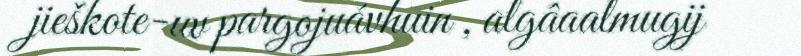
jieškote-uv pargojuávhuin , algâaalmugij